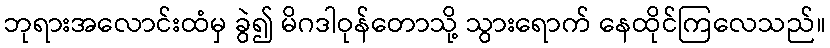
ဘုရားအလောင်းထံမှ ခွဲ၍ မိဂဒါဝုန်တောသို့ သွားရောက် နေထိုင်ကြလေသည်။